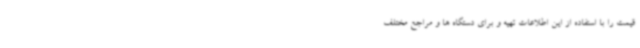
قیمت را با استفاده از این اطلاعات تهیه و برای دستگاه ها و مراجع مختلف